Trukikaitis_Postimees, lk 9
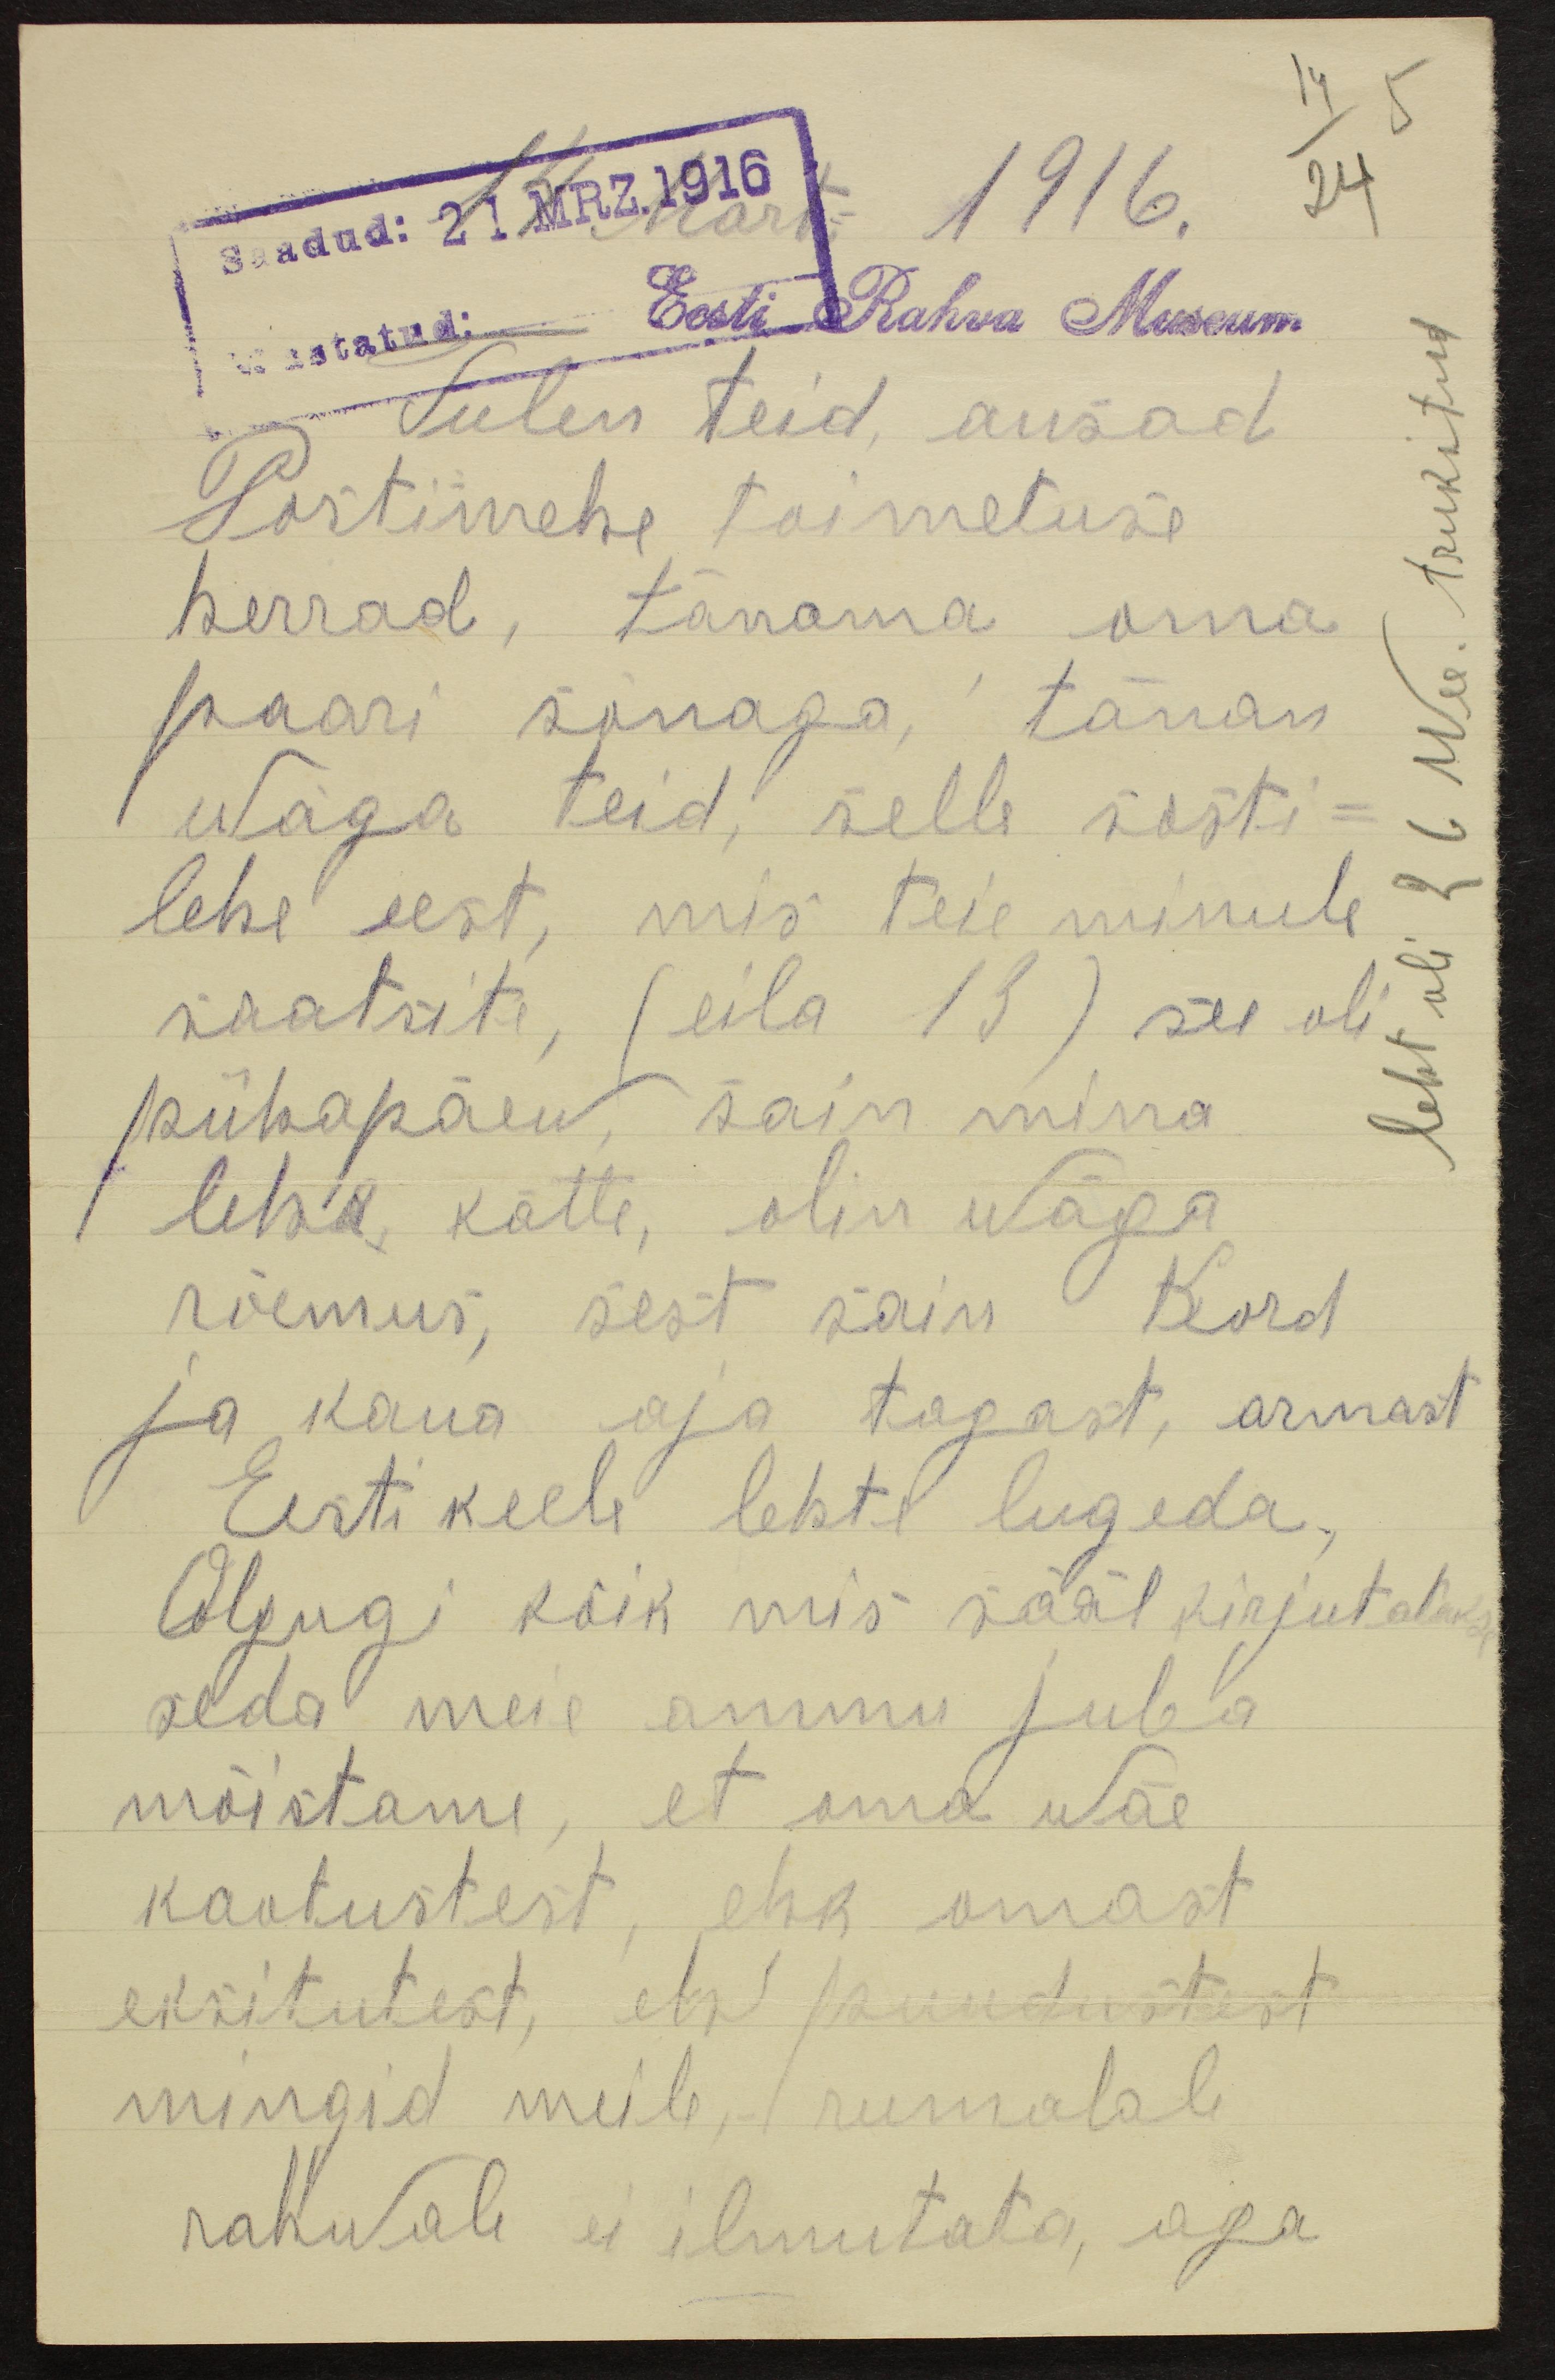
Saadud: 21 MRZ. 1916
1916.
14/24 5
Wastatud: Eesti Rahva Museum.
Tulen teid, ausad
Postimehe toimetuse
herrad, tänama oma
paari sõnaga, tänan
wäga teid, selle sosti-
lehe eest, mis teie minule
saatsite, (eila 13) see oli
pühapäew, sain mina
lehe kätte, olin wäga
rõemus, sest sain Kord
ja kaua aja tagast, armast
Eesti keele lehte lugeda
Olgugi kõik mis sääl kirjutatakse
seda meie ammu juba
mõistame, et oma wäe
kaotustest, ehk omast
eksitutest, ehk puudustest
mingid meile, rumalale
rahwale ei ilmutata, aga